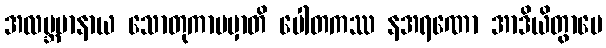
အလဗ္ဘမာနာယ သောတုကာမမှာတိ ပေါတကဿ နအရဏော အာဒိယိတွာပေ